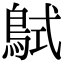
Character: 𪀸